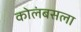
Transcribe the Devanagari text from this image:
कोलंबसला